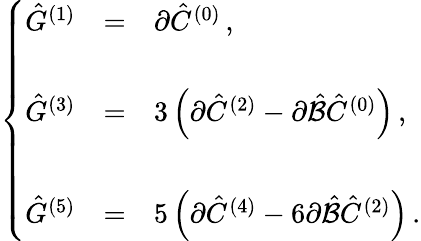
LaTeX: \left\{ \begin{array}{rcl}{{\hat{G}^{(1)}}}&{{=}}&{{\partial\hat{C}^{(0)}\, ,}}\\ {{}}&{{}}&{{}}\\ {{\hat{G}^{(3)}}}&{{=}}&{{3\left(\partial\hat{C}^{(2)}-\partial\hat{\cal B}\hat{C}^{(0)}\right)\, ,}}\\ {{}}&{{}}&{{}}\\ {{\hat{G}^{(5)}}}&{{=}}&{{5\left(\partial\hat{C}^{(4)}-6\partial\hat{\cal B}\hat{C}^{(2)}\right)\, .}}\end{array}\right.